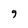
Character: 9